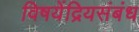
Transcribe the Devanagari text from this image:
विषयेंद्रियसंबंध